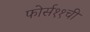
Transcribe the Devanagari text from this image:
फोर्स११ची